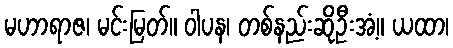
မဟာရာဇ၊ မင်းမြတ်။ ဝါပန၊ တစ်နည်းဆိုဦးအံ့။ ယထာ၊